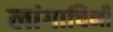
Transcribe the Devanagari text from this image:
लांगाचिनी